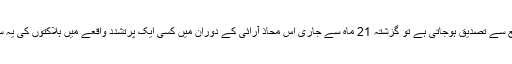
اگر ہلاکتوں کی آزاد ذرائع سے تصدیق ہوجاتی ہے تو گزشتہ 21 ماہ سے جاری اس محاذ آرائی کے دوران میں کسی ایک پرتشدد واقعے میں ہلاکتوں کی یہ سب سے بڑی تعداد ہوگی۔